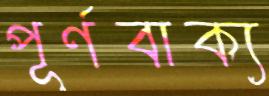
পূর্ণবাক্য